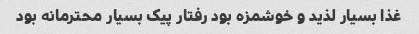
غذا بسیار لذید و خوشمزه بود رفتار پیک بسیار محترمانه بود